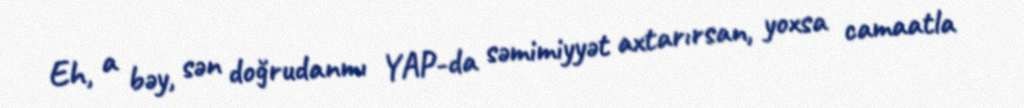
Eh, a bəy, sən doğrudanmı YAP-da səmimiyyət axtarırsan, yoxsa camaatla